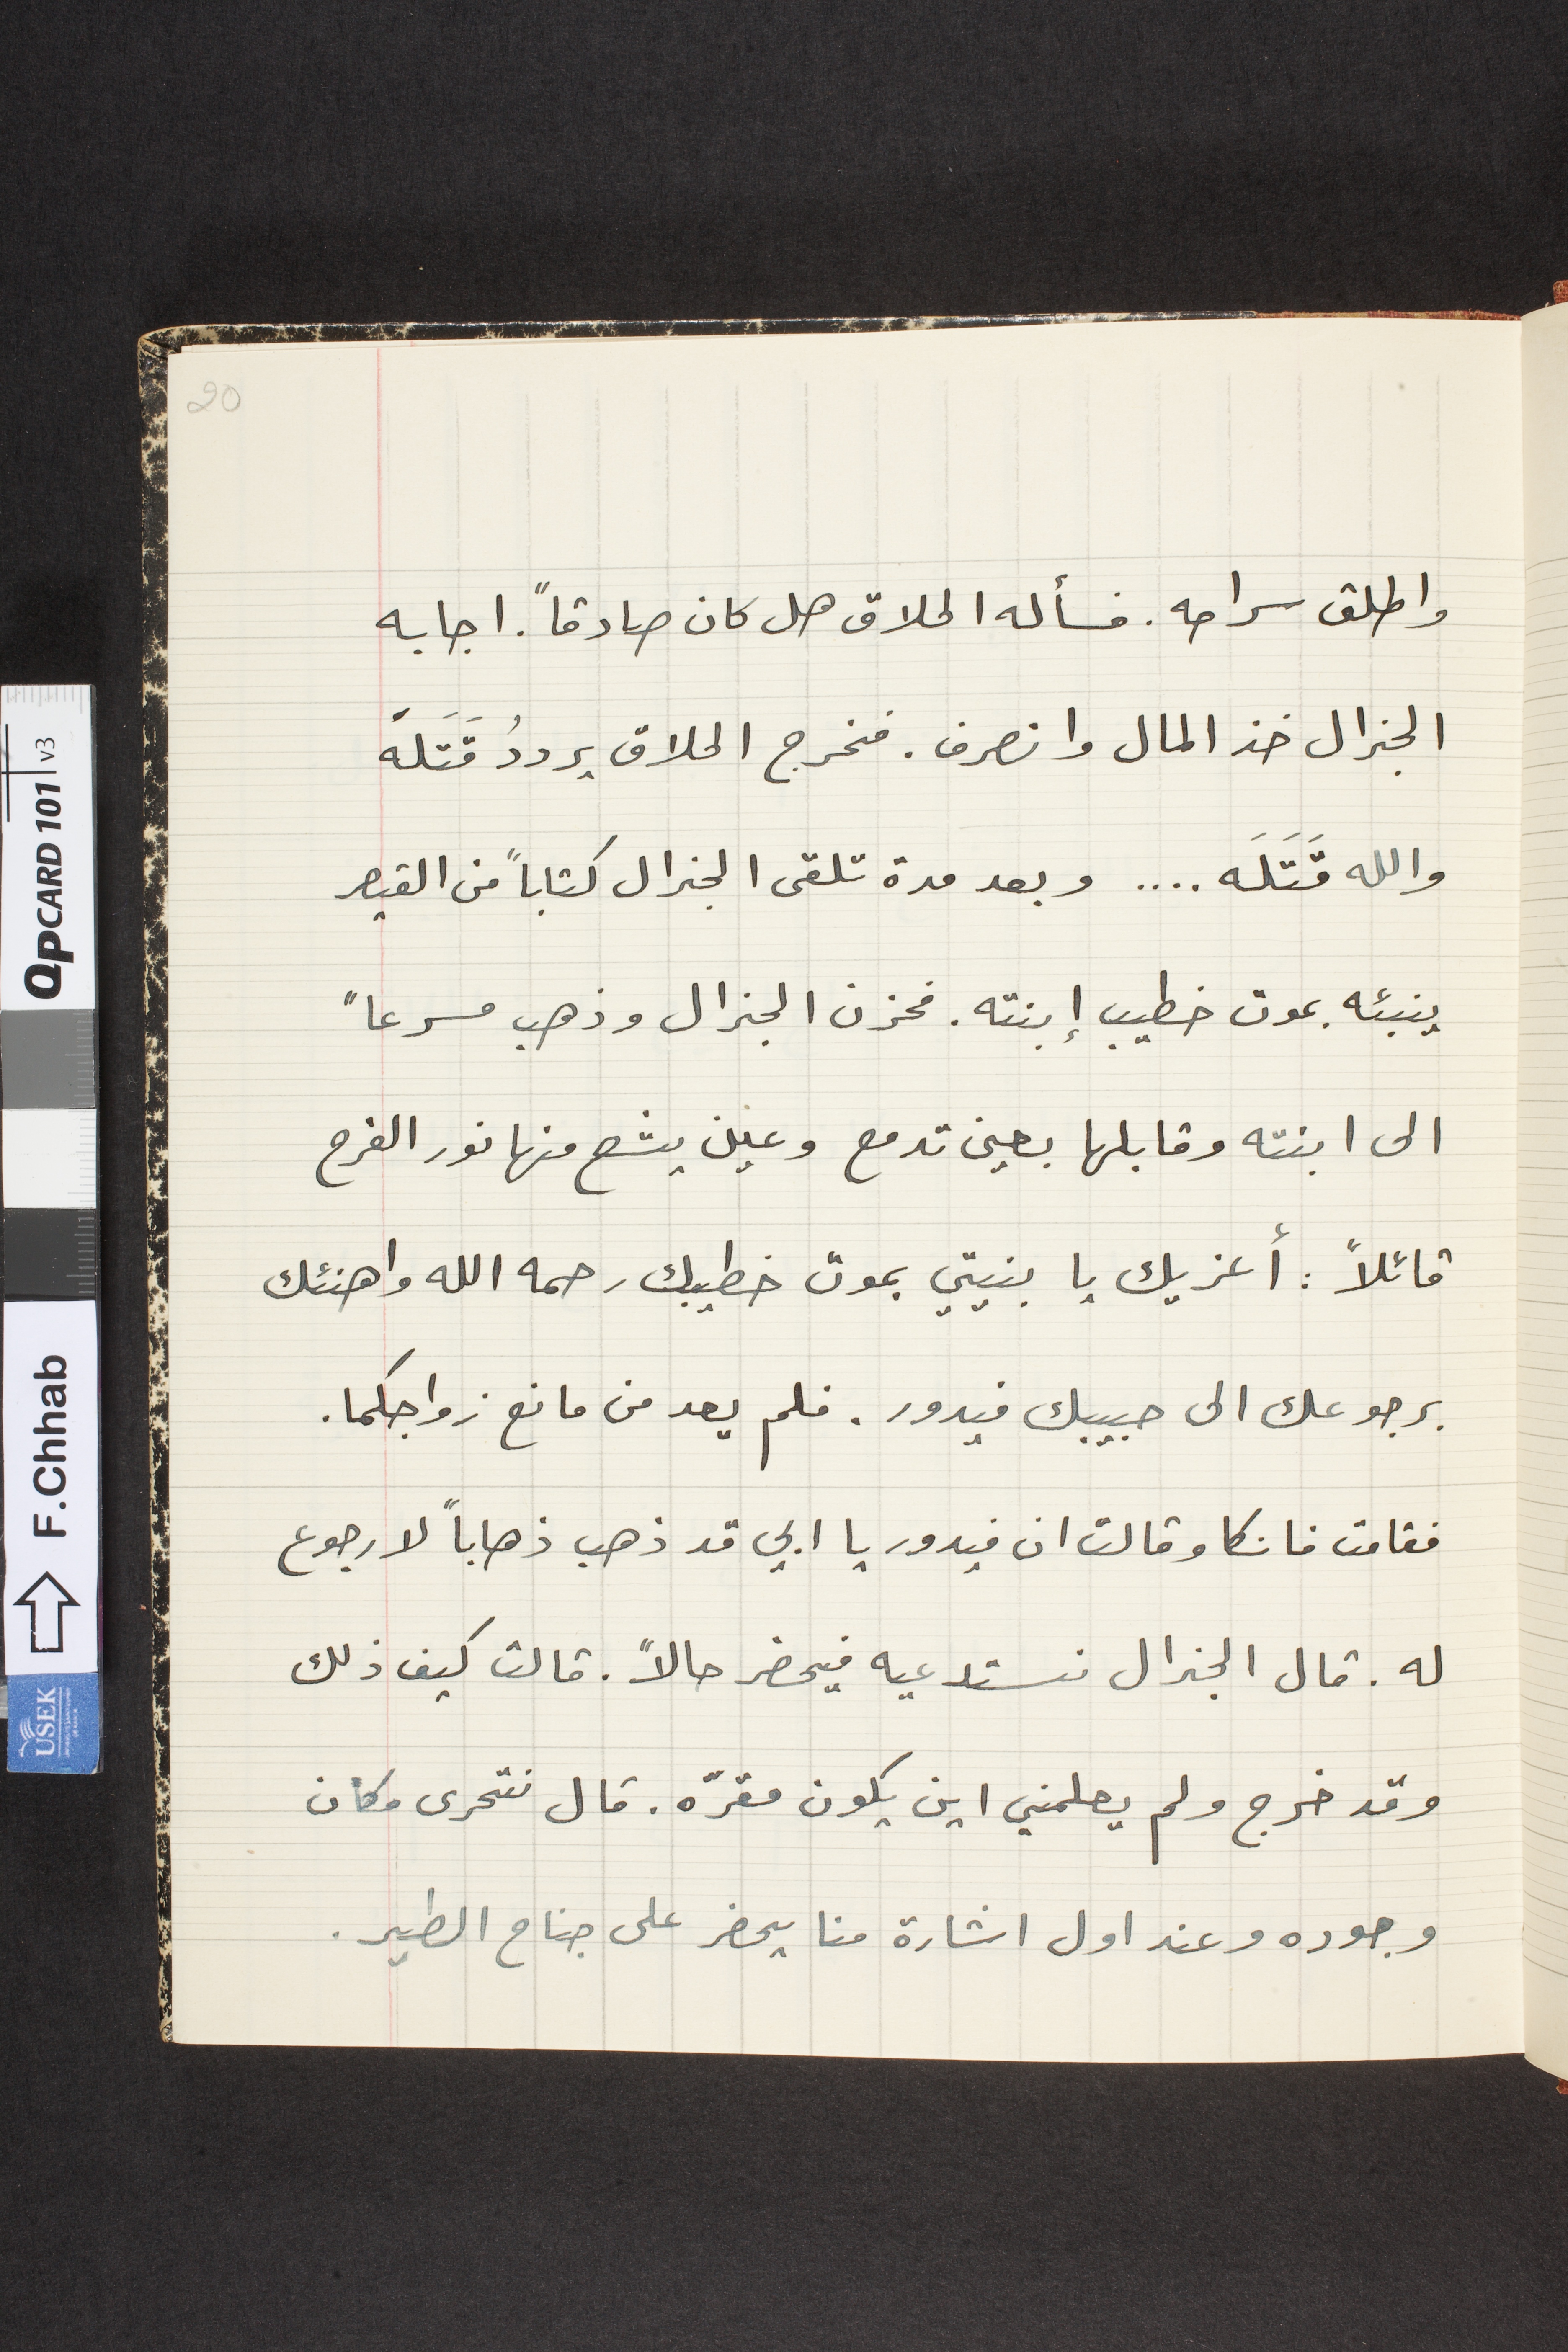
واطلق سراحه. فسأله الحلاق هل كان صادقاً. اجابه
الجنرال خذ المال وانصرف. فخرج الحلاق يرددُ قَتَله
والله قَنتَلَه.... وبعد مدة تلقى الجنرال كتاباً من القيصر
ينبئه بموت خطيب إبنته. فحزن الجنرال وذهب مسرعاً
الى ابنته وقابلها بعين تدمع وعين يشع منها نور الفرح
قائلاً: أعزيك يا بنيتي بموت خطيبك رحمه الله واهنئك
برجوعك الى حبيبك فيدور. فلم يعد من مانع زواجكما.
فقامت فانكا وقالت ان فيدور يا ابي قد ذهب ذهاباً لا رجوع
له. قال الجنرال نستدعيه فيحضر حالاً. قالت كيف ذلك
وقد خرج ولم يعلمني اين يكون مقرّه. قال نتحرى مكان
وجوده وعند اول اشارة منا يحضر على جناح الطير.